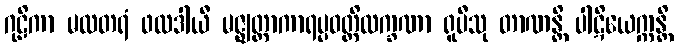
ဂုဠိကာ မလတရံ ဖလဒါယီ မဇ္ဈတ္တာကာရပ္ပဝတ္တိလက္ခဏာ ရူပီသု တာဏန္တိ ပါဋိယေက္ကန္တိ